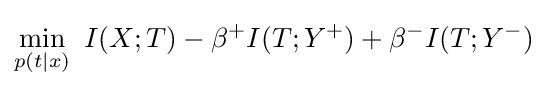
\min _{p(t|x)}\,\,I(X;T)-\beta ^{+}I(T;Y^{+})+\beta ^{-}I(T;Y^{-})